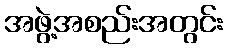
အဖွဲ့အစည်းအတွင်း